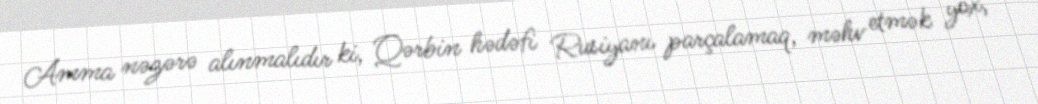
Amma nəzərə alınmalıdır ki, Qərbin hədəfi Rusiyanı parçalamaq, məhv etmək yox,